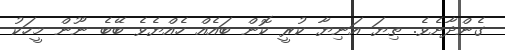
ގެންދާށެވެ. ތިޔަ އަނިޔާ ކުރީ ކޮން ބައެއް ހެއްޔެވެ ބޭބެ ނޫން މީހަކު